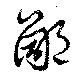
鄙